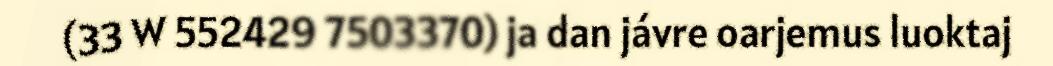
(33 W 552429 7503370) ja dan jávre oarjemus luoktaj